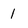
Character: 1